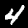
Label: 4